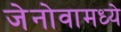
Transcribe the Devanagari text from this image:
जेनोवामध्ये